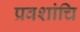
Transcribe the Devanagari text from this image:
प्रवशांचि